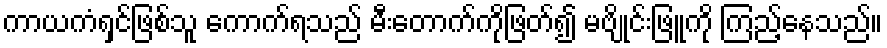
ကာယကံရှင်ဖြစ်သူ ကောက်ရသည် မီးတောက်ကိုဖြတ်၍ မဗျိုင်းဖြူကို ကြည့်နေသည်။